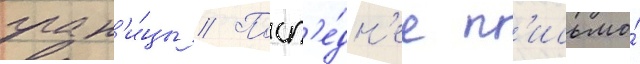
гран'и́цы // Посл'е́дн'ее п'исьмо́